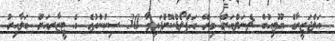
އަލްޖަޒީރާގެ ޔޫޓިއުބް ޗެނަލްއަށް މިރޭ އަޕްލޯޑްކޮށްފައިވާ 30 ސިކުންތުގެ އެ ޓީޒާރއަށް ބަލާއިރު